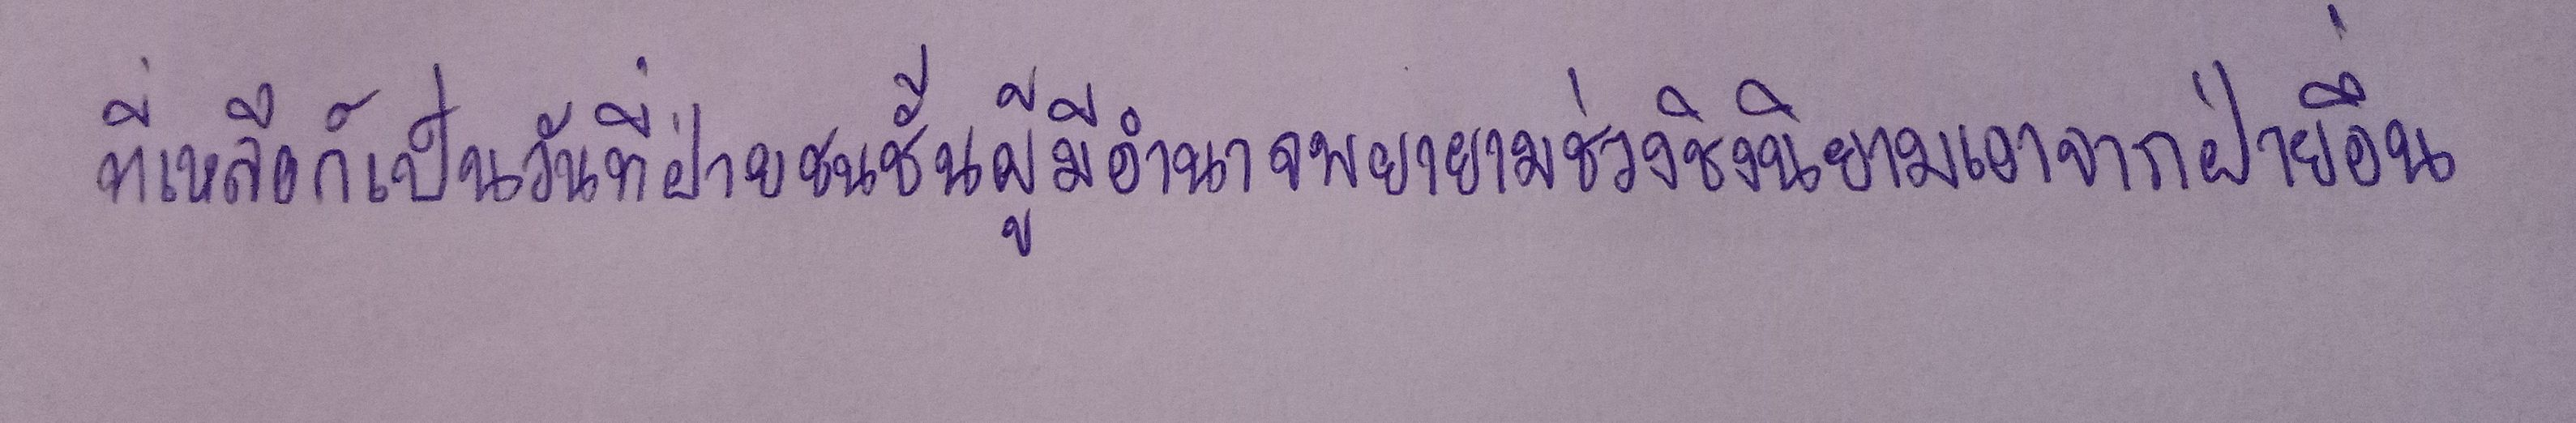
ที่เหลือก็เป็นวันที่ฝ่ายชนชั้นผู้มีอำนาจพยายามช่วงชิงนิยามเอาจากฝ่ายอื่น